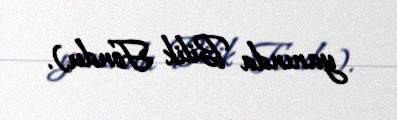
yanında Bilik Fondu).